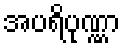
အပရိပုဏ္ဏာ